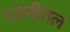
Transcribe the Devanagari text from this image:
रजनीतल